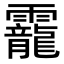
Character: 靇